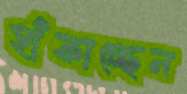
হাঁফাচ্ছেন